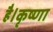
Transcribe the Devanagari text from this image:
है।कृष्णा